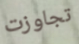
تجاوزت